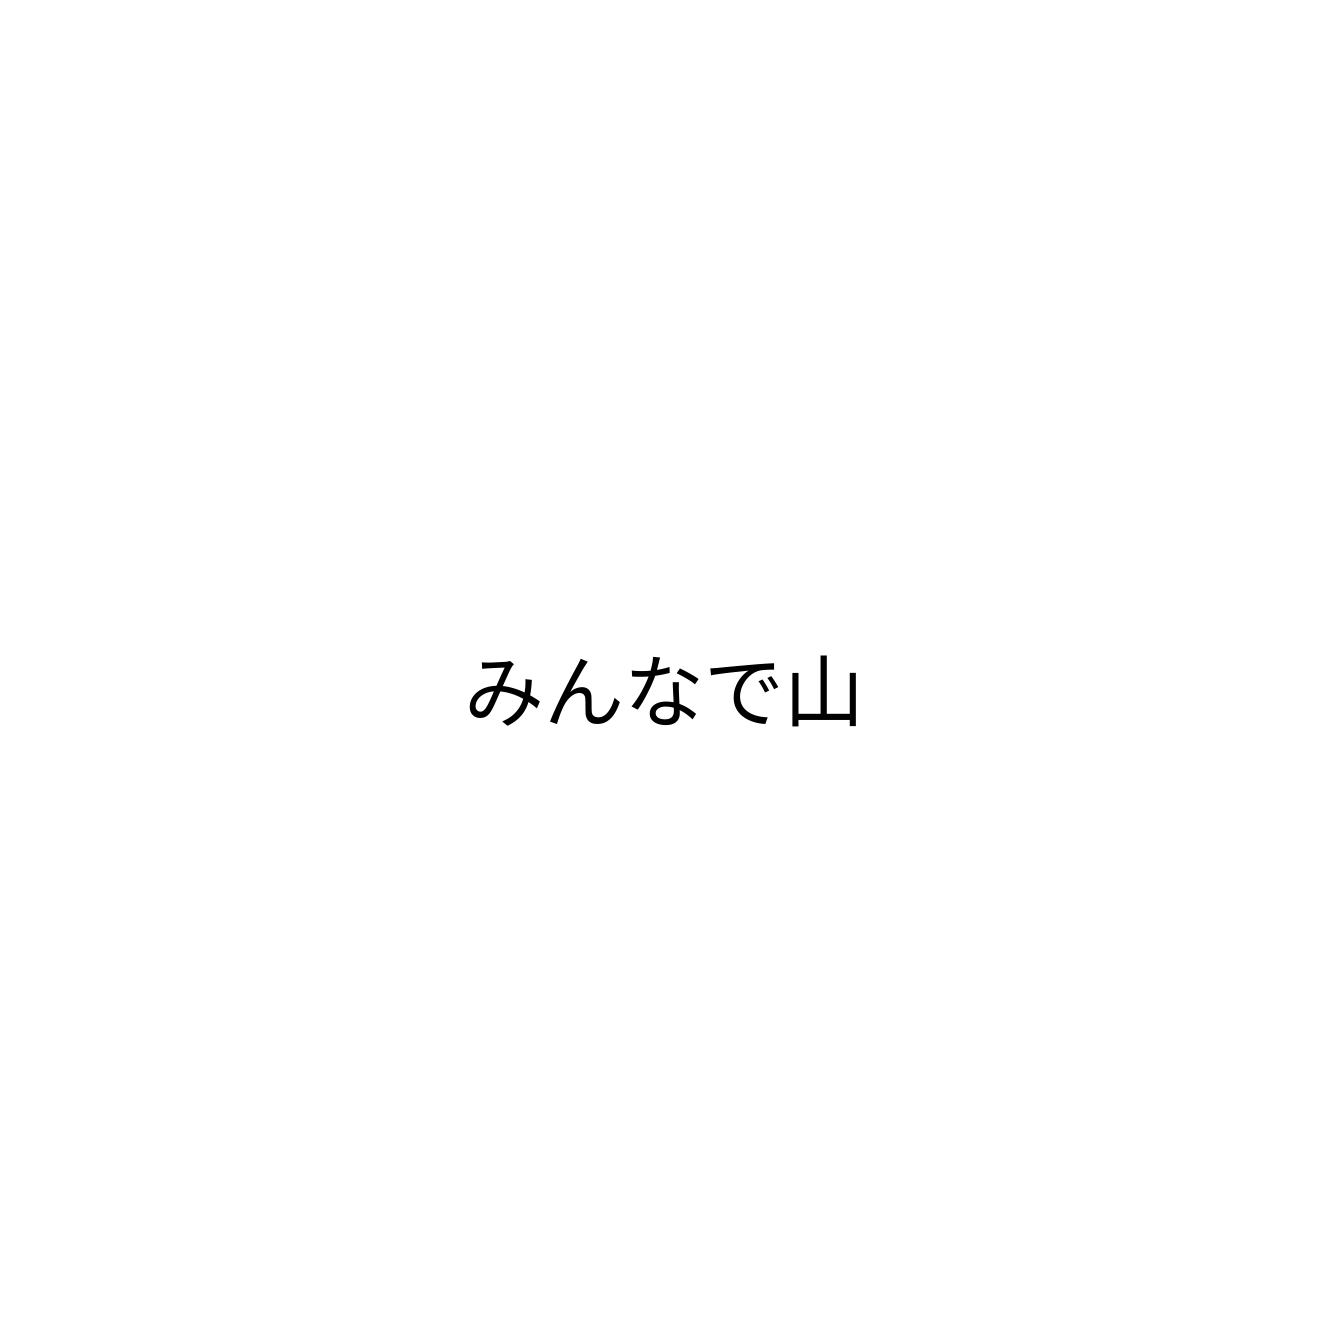
みんなで山